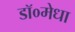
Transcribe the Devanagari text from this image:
डॉ०मेधा